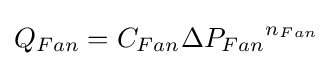
Q_{Fan}=C_{Fan}{{\Delta }P_{Fan}}^{n_{Fan}}\,\!